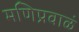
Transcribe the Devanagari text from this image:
मणिप्रवाळं